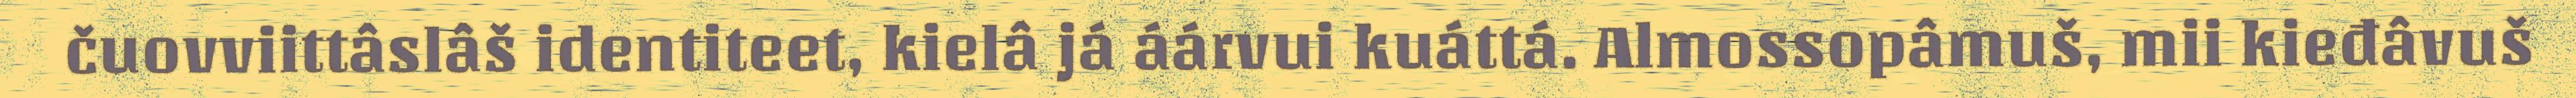
čuovviittâslâš identiteet, kielâ já áárvui kuáttá. Almossopâmuš, mii kieđâvuš